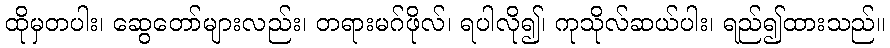
ထိုမှတပါး၊ ဆွေတော်များလည်း၊ တရားမဂ်ဖိုလ်၊ ရပါလို၍၊ ကုသိုလ်ဆယ်ပါး၊ ရည်၍ထားသည်။